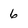
Character: 6